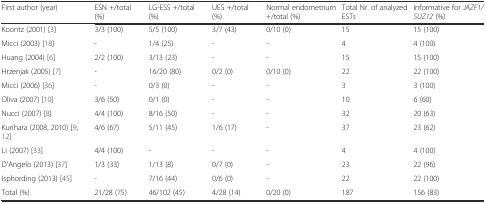
<table><thead><tr><td><b>First author (year)</b></td><td><b>ESN +/total (%)</b></td><td><b>LG-ESS +/total (%)</b></td><td><b>UES +/total (%)</b></td><td><b>Normal endometrium +/total (%)</b></td><td><b>Total Nr. of analyzed ESTs</b></td><td><b>Informative for <i>JAZF1/SUZ12</i> (%)</b></td></tr></thead><tbody><tr><td>Koontz (2001) [3]</td><td>3/3 (100)</td><td>5/5 (100)</td><td>3/7 (43)</td><td>0/10 (0)</td><td>15</td><td>15 (100)</td></tr><tr><td>Micci (2003) [18]</td><td>-</td><td>1/4 (25)</td><td>-</td><td>-</td><td>4</td><td>4 (100)</td></tr><tr><td>Huang (2004) [6]</td><td>2/2 (100)</td><td>3/13 (23)</td><td>-</td><td>-</td><td>15</td><td>15 (100)</td></tr><tr><td>Hrzenjak (2005) [7]</td><td>-</td><td>16/20 (80)</td><td>0/2 (0)</td><td>0/10 (0)</td><td>22</td><td>22 (100)</td></tr><tr><td>Micci (2006) [36]</td><td>-</td><td>0/3 (0)</td><td>-</td><td>-</td><td>3</td><td>3 (100)</td></tr><tr><td>Oliva (2007) [10]</td><td>3/6 (50)</td><td>0/1 (0)</td><td>-</td><td>-</td><td>10</td><td>6 (60)</td></tr><tr><td>Nucci (2007) [8]</td><td>4/4 (100)</td><td>8/16 (50)</td><td>-</td><td>-</td><td>32</td><td>20 (63)</td></tr><tr><td>Kurihara (2008, 2010) [9, 12]</td><td>4/6 (67)</td><td>5/11 (45)</td><td>1/6 (17)</td><td>-</td><td>37</td><td>23 (62)</td></tr><tr><td>Li (2007) [33]</td><td>4/4 (100)</td><td>-</td><td>-</td><td>-</td><td>4</td><td>4 (100)</td></tr><tr><td>D&#x27;Angelo (2013) [37]</td><td>1/3 (33)</td><td>1/13 (8)</td><td>0/7 (0)</td><td>-</td><td>23</td><td>22 (96)</td></tr><tr><td>Isphording (2013) [45]</td><td>-</td><td>7/16 (44)</td><td>0/6 (0)</td><td>-</td><td>22</td><td>22 (100)</td></tr><tr><td>Total (%)</td><td>21/28 (75)</td><td>46/102 (45)</td><td>4/28 (14)</td><td>0/20 (0)</td><td>187</td><td>156 (83)</td></tr></tbody></table>